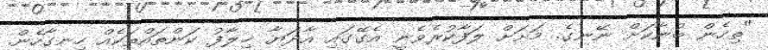
"ތިހެން ބުނާކަށް ނޭނގެ. މަށަށް ލަފާކުރެވެނީ އެގޭގައި އާދަޔާ ޚިލާފު ކަންތައްތަކެއް ހިނގާހެން.